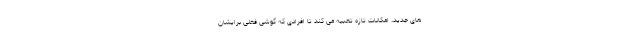
های جدید، امکانات تازه تعبیه می کند تا افرادی که گوشی فعلی برایشان